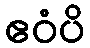
ဧဝံပိ